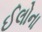
ઈલોના